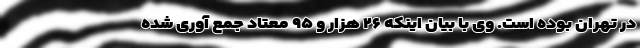
در تهران بوده است. وی با بیان اینکه ۲۶ هزار و ۹۵ معتاد جمع آوری شده